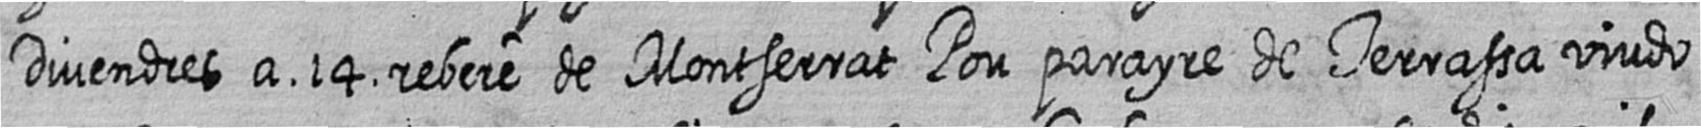
Divendres a 14 rebere de Montserrat Pou parayre de Terrassa viudo